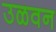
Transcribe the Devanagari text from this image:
उळवन